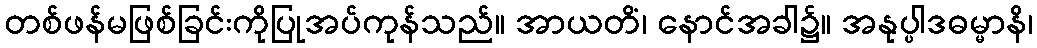
တစ်ဖန်မဖြစ်ခြင်းကိုပြုအပ်ကုန်သည်။ အာယတိံ၊ နောင်အခါ၌။ အနုပ္ပါဒဓမ္မာနိ၊